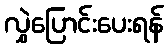
လွှဲပြောင်းပေးရန်